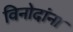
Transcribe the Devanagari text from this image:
विनोदांना